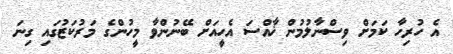
އެ ހުރިހާ ކަމަށް ވިސްނާލުމުން ޚާއްސަ އެހީއަށް ބޭނުންވާ މީހުންގެ މަރުކަޒުގައި ގިނަ